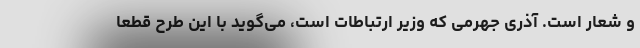
و شعار است. آذری جهرمی که وزیر ارتباطات است، می‌گوید با این طرح قطعا